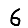
Digit: 6